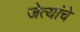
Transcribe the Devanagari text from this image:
जेत्यांचे